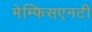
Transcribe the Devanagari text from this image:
मेम्फिसएनटी